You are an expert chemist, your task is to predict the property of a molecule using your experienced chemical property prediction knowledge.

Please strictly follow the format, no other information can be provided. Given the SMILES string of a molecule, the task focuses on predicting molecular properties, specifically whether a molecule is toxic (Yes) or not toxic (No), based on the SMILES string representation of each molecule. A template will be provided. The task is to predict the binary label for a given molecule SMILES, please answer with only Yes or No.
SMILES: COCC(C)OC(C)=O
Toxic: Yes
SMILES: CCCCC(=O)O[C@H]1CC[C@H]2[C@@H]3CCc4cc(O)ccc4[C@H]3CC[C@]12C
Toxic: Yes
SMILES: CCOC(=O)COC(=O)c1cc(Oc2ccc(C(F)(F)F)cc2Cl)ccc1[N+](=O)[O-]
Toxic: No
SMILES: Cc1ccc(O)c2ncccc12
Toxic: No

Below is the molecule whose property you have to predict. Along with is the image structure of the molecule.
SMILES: NC12CC3CC(CC(C3)C1)C2
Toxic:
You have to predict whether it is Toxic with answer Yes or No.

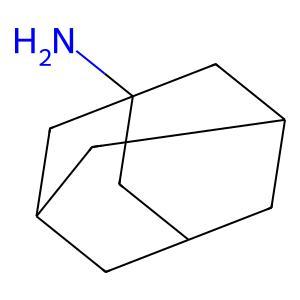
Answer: No